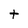
Character: t